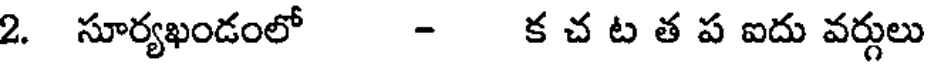
2. సూర్యఖండంలో - క చ ట త ప ఐదు వర్గులు